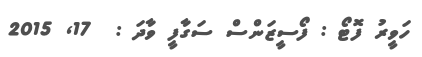
ހަވީރު ފޮޓޯ : ފޯސީޒަންސް ސަގާފީ ވާދަ :  17